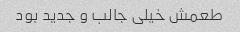
طعمش خیلی جالب و جدید بود